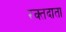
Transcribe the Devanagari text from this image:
रक्‍तदाता